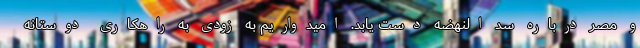
و مصر درباره سد النهضه دست یابد. امیدواریم به زودی به راهکاری دوستانه